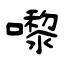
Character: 嚟